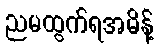
ညမထွက်ရအမိန့်